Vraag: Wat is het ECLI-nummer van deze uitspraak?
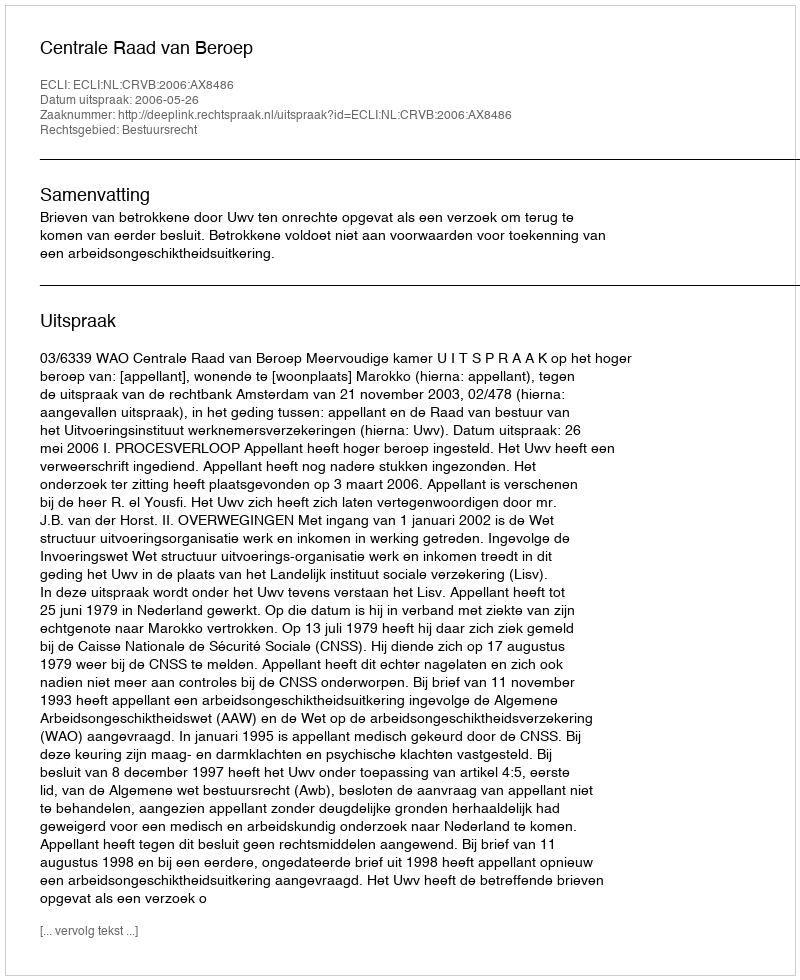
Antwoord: ECLI:NL:CRVB:2006:AX8486